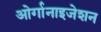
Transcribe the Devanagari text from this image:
ओर्गानाइजेशन